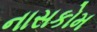
નાસકોમ